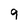
Character: 9